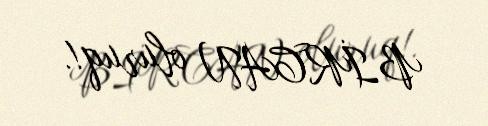
BİRCAN oluruq!.